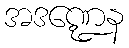
အဒဏ္ဍေန